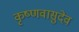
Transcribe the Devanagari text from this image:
कृष्णवासुदेव